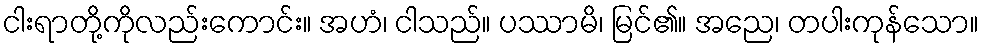
ငါးရာတို့ကိုလည်းကောင်း။ အဟံ၊ ငါသည်။ ပဿာမိ၊ မြင်၏။ အညေ၊ တပါးကုန်သော။